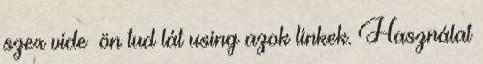
szex vide ön tud lát using azok linkek. Használat